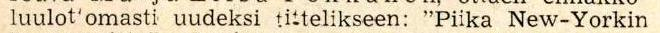
luulot'omasti uudeksi tittelikseen: "Piika New-Yorkin